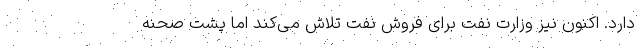
دارد. اکنون نیز وزارت نفت برای فروش نفت تلاش می‌کند اما پشت صحنه